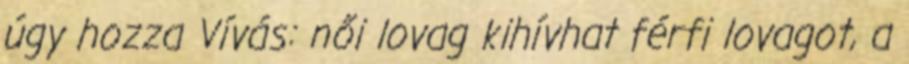
úgy hozza Vívás: női lovag kihívhat férfi lovagot, a